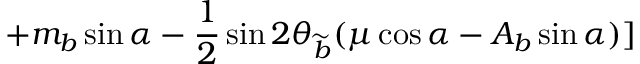
+ m _ { b } \sin \alpha - \frac { 1 } { 2 } \sin 2 \theta _ { \widetilde { b } } ( \mu \cos \alpha - A _ { b } \sin \alpha ) ]